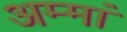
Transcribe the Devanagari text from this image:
अम्‍मां